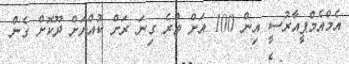
އެމްއެމްޕީއާރުސީ އިން 100 އަށް ވުރެ ގިނަ ރަށް ކުއްޔަށް ދޫކޮށް ގެން